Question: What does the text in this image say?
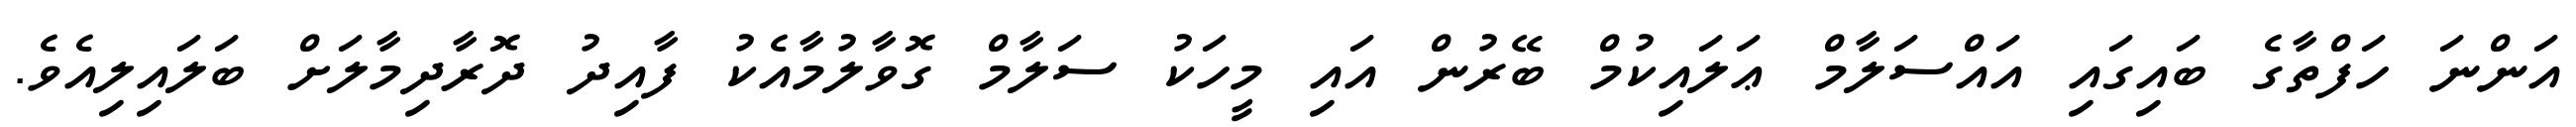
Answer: އަންނަ ހަފްތާގެ ބައިގައި އައްސަލާމް ޢަލައިކުމް ބޭރުން އައި މީހަކު ސަލާމް ގޮވާލުމާއެކު ފާއިދު ދޮރާދިމާލަށް ބަލައިލިއެވެ.